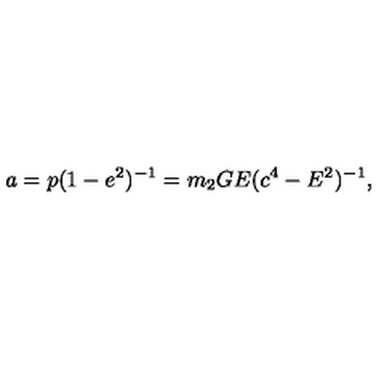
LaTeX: a = p ( 1 - e ^ { 2 } ) ^ { - 1 } = m _ { 2 } G E ( c ^ { 4 } - E ^ { 2 } ) ^ { - 1 } ,